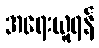
အရေးယူရန်